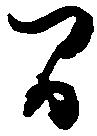
間